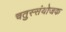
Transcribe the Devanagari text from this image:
चतुस्संयोजक